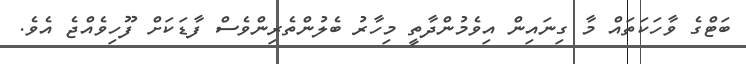
ބަޓްގެ ވާހަކަތައް މާ ގިނައިން އިވެމުންދާތީ މިހާރު ބެލުންތެރިންވެސް ފާޑަކަށް ފޫހިވެއްޖެ އެވެ.